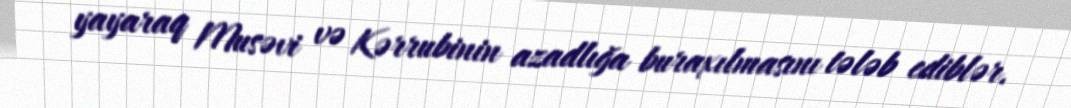
yayaraq Musəvi və Kərrubinin azadlığa buraxılmasını tələb ediblər.